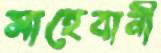
সাহেবানী